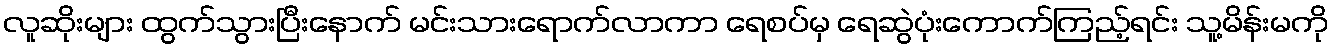
လူဆိုးများ ထွက်သွားပြီးနောက် မင်းသားရောက်လာကာ ရေစပ်မှ ရေဆွဲပုံးကောက်ကြည့်ရင်း သူ့မိန်းမကို